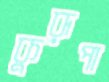
কুরূপা